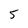
Character: 5